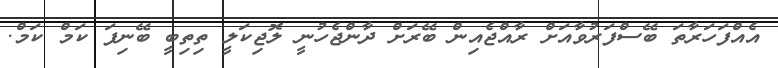
އެއްފަހަރާތަ ބޭސްފަރުވާއަށް ރާއްޖެއިން ބޭރަށް ދާންޖެހުނީ ލޮޖިކަލީ ތިތިބީ ބޭނިފަ ކަމް ކަމް.